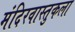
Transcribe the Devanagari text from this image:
मंदिरवास्तुकला